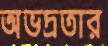
অভদ্রতার